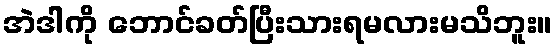
အဲဒါကို ဘောင်ခတ်ပြီးသားရမလားမသိဘူး။